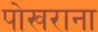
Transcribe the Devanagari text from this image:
पोखराना